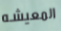
المعيشه